Rangoon Lunatic Asylum 1878-1892 - 1878-1892
Year: 1878
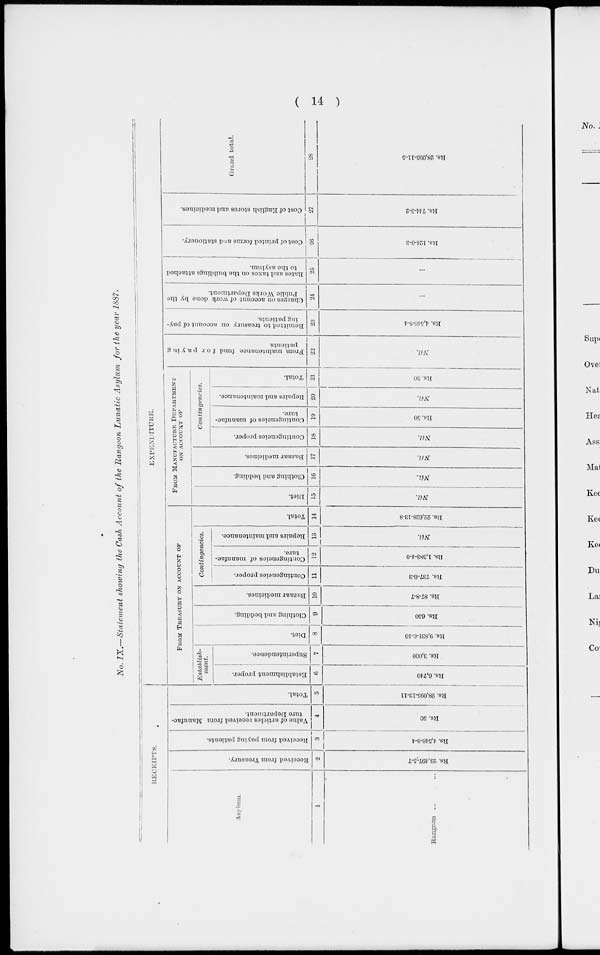
( 14 )
No. IX.—Statement showing the Cash Account of the Rangoon Lunatic Asylum for the year 1887.
RECEIPTS.
Asylum.
1
Rangoon ... ...
Received from Treasury.
2
Rs. 23,497-5-7
Received from paying patients.
3
Rs. 4,548-8-4
Value of articles received from Manufac-
ture Department.
4
Rs. 50
Total.
5
Rs. 28,095-13-11
EXPENDITURE.
FROM TREASURY ON ACCOUNT OF
Establish-
ment.
Establishment proper.
6
Rs. 6,740
Superintendence.
7
Rs. 3,000
Diet.
8
Rs. 9,831-0-10
Clothing and bedding.
9
Rs. 650
Bazaar medicines.
10
Rs. 87-8-7
Contingencies.
Contingencies proper.
11
Rs. 737-0-3
Contingencies of manufac-
ture.
12
Rs. 1,583-4-0
Repairs and maintenance.
13
Nil.
Total.
14
Rs. 22,628-13-8
FROM MANUFACTURE DEPARTMENT
ON ACCOUNT OF
Diet.
15
Nil.
Clothing and bedding.
16
Nil.
Bazaar medicines.
17
Nil.
Contingencies.
Contingencies proper.
18
Nil.
Contingencies of manufac-
ture.
19
Rs. 50
Repairs and maintenance.
20
Nil.
Total.
21
Rs. 50
From maintenance fund for paying
patients.
22
Nil.
Remitted to treasury on account of pay-
ing patients.
23
Rs. 4,548-8-4
Charges on account of work done by the
Public Works Department.
24
...
Rates and taxes on the buildings attached
to the asylum.
25
...
Cost of printed forms and stationery.
26
Rs. 124-0-3
Cost of English stores and medicines.
27
Rs. 744-5-2
Grand total.
28
Rs. 28,095-11-5